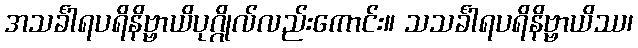
အသင်္ခါရပရိနိဗ္ဗာယိပုဂ္ဂိုလ်လည်းကောင်း။ သသင်္ခါရပရိနိဗ္ဗာယိဿ၊